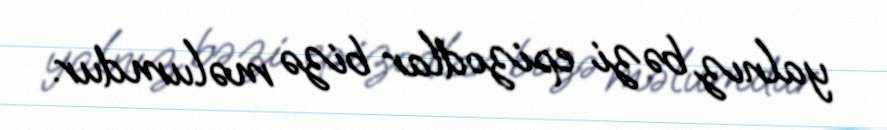
yalnız bəzi epizodlar bizə məlumdur.